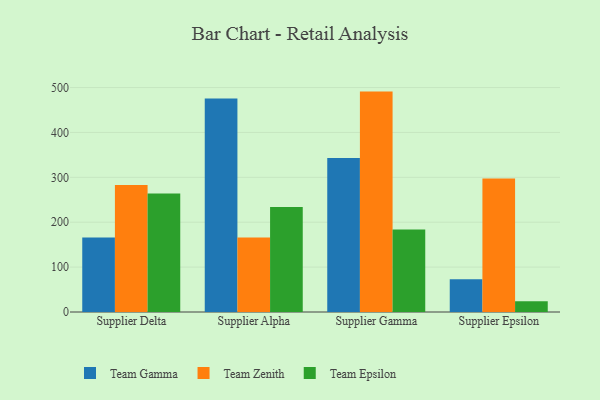
{"axis": {"x": "Supplier", "y": "Budget (USD K)"}, "legend": ["Team Epsilon", "Team Gamma", "Team Zenith"], "data": [{"x": "Supplier Delta", "y": 166.0, "type": "Team Gamma"}, {"x": "Supplier Delta", "y": 282.8, "type": "Team Zenith"}, {"x": "Supplier Delta", "y": 263.9, "type": "Team Epsilon"}, {"x": "Supplier Alpha", "y": 475.9, "type": "Team Gamma"}, {"x": "Supplier Alpha", "y": 165.8, "type": "Team Zenith"}, {"x": "Supplier Alpha", "y": 233.9, "type": "Team Epsilon"}, {"x": "Supplier Gamma", "y": 343.0, "type": "Team Gamma"}, {"x": "Supplier Gamma", "y": 491.0, "type": "Team Zenith"}, {"x": "Supplier Gamma", "y": 183.8, "type": "Team Epsilon"}, {"x": "Supplier Epsilon", "y": 72.7, "type": "Team Gamma"}, {"x": "Supplier Epsilon", "y": 297.3, "type": "Team Zenith"}, {"x": "Supplier Epsilon", "y": 23.8, "type": "Team Epsilon"}]}